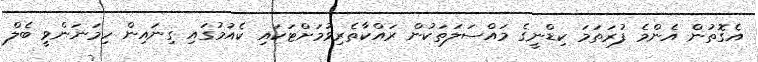
އެގޮތުން އެންމެ ފުރަތަމަ ކިޑްނީގެ މައްސަލަތަކުން ރައްކާތެރިވުމަށްޓަކައި ކެއުމުގައި ގިނައިން ހިމަނަންވީ ބެލް